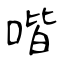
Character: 喈